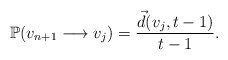
\begin{align*}\mathbb{P}(v_{n+1} \longrightarrow v_j) = \frac{\vec d(v_j,t-1)}{t-1} .\end{align*}